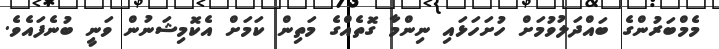
މެމްބަރުންގެ ބައްދަލުވުމަށް ހުށަހަޅައި ނިންމާ ގޮތެއްގެ މަތިން ކަމަށް އެކޮމިޝަނުން ވަނީ ބުނެފައެވެ.